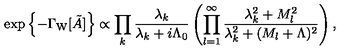
\exp \left\{ - \Gamma _ { \mathrm { W } } [ \tilde { A } ] \right\} \propto \prod _ { k } \frac { \lambda _ { k } } { \lambda _ { k } + i \Lambda _ { 0 } } \left( \prod _ { l = 1 } ^ { \infty } \frac { \lambda _ { k } ^ { 2 } + M _ { l } ^ { 2 } } { \lambda _ { k } ^ { 2 } + ( M _ { l } + \Lambda ) ^ { 2 } } \right) ,